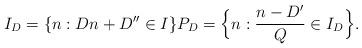
LaTeX: \begin{align*}I_D=\{n: Dn+D'' \in I\} P_D=\Big\{n: \frac{n - D'}{Q}\in I_D \Big\}.\end{align*}